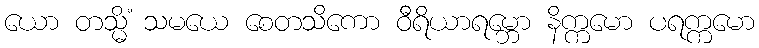
ယော တသ္မိံ သမယေ စေတသိကော ဝီရိယာရမ္ဘော နိက္ကမော ပရက္ကမော